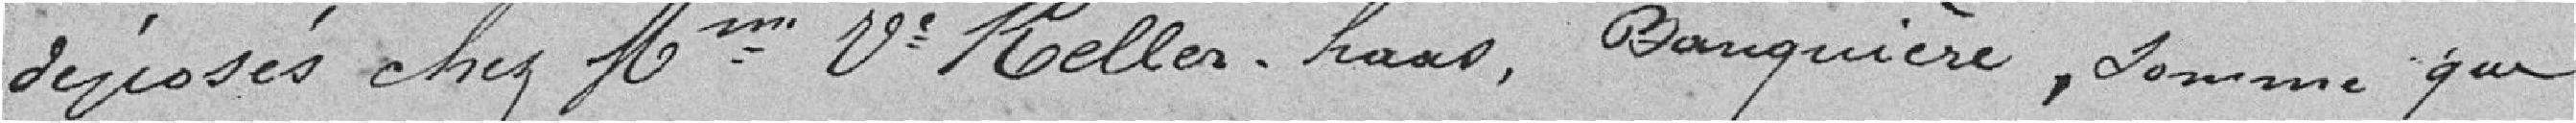
déposés chez Mme Veuve Keller. haas, banquière, somme que